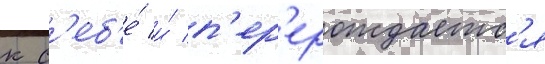
к с'еб'е́ и́ п'ер'ерождаетс'я